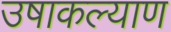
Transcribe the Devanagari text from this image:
उषाकल्याण